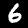
Label: 6